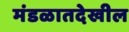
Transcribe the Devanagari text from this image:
मंडळातदेखील